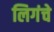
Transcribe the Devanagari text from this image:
लिगंचे